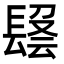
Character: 𨲑